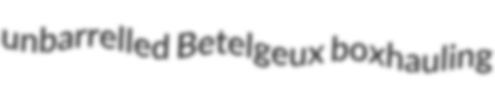
unbarrelled Betelgeux boxhauling